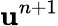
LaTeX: \textbf{u}^{n+1}